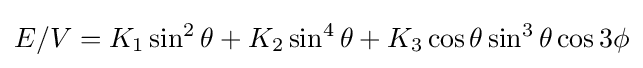
\displaystyle E/V=K_{1}\sin ^{2}\theta +K_{2}\sin ^{4}\theta +K_{3}\cos \theta \sin ^{3}\theta \cos 3\phi